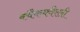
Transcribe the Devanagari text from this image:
क्वैकक्वैरली